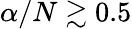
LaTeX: \alpha/N\gtrsim 0.5